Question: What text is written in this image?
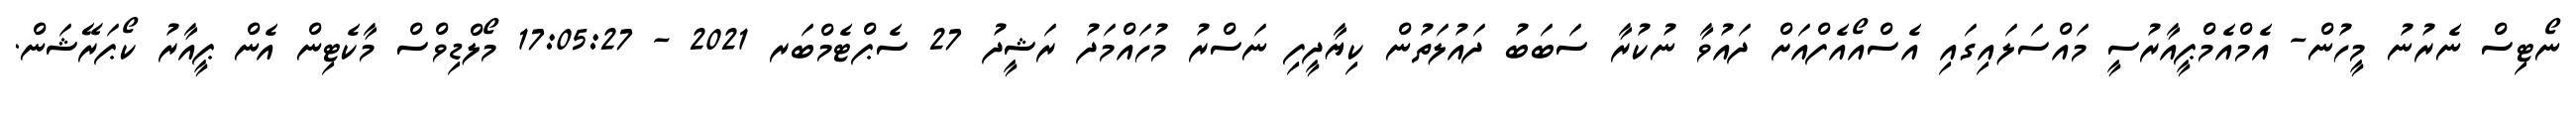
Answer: ނޯޓިސް ނެރުނު މީހުން- އެމްއެމްޕީއާރުސީ މައްސަލައިގައި އެސްއޯއެފްއަށް ދައުވާ ނުކުރާ ސަބަބު ދައުލަތުން ކިޔާދީފި ނަސްރު މުހައްމަދު ރަޝީދު 27 ސެޕްޓެމްބަރ 2021 - 17:05:27 މޯލްޑިވްސް މާކެޓިން އެން ޕީއާރު ކޯޕަރޭޝަން.